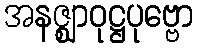
အနဇ္ဈာဝုဋ္ဌပုဗ္ဗော